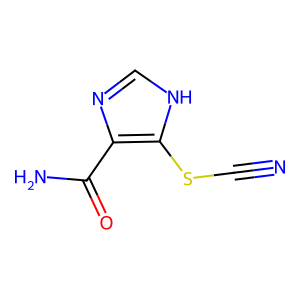
SMILES: N#CSc1[nH]cnc1C(N)=O
Inhibits HIV replication: No